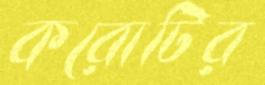
করোটির